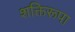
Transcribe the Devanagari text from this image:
शक्तिरूपा